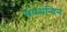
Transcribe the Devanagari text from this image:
माध्‍यन्‍दिन